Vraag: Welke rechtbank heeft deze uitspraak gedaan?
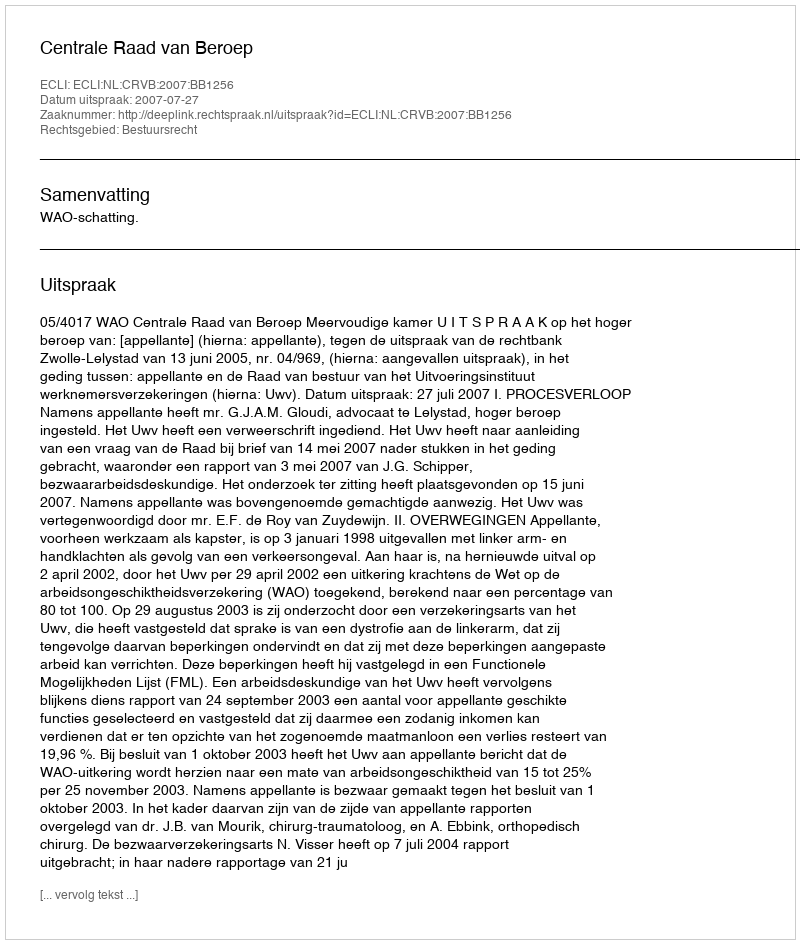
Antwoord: Centrale Raad van Beroep